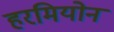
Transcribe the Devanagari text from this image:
हरमियोन